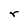
Character: r